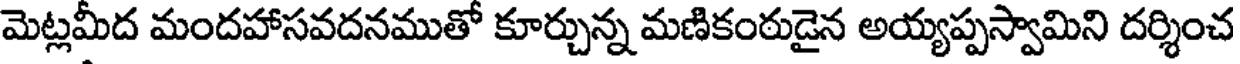
మెట్లమీద మందహాసవదనముతో కూర్చున్న మణికంఠుడైన అయ్యప్పస్వామిని దర్శించ